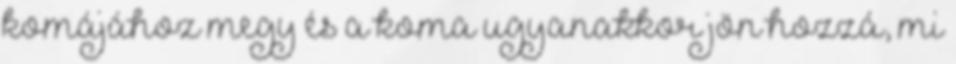
komájához megy és a koma ugyanakkor jön hozzá, mi